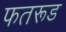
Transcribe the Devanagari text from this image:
फतरूड